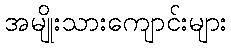
အမျိုးသားကျောင်းများ